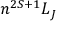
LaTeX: n ^ { 2 S + 1 } L _ { J }